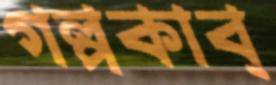
গল্পকাব্